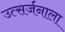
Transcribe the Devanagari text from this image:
उत्सर्जनाला